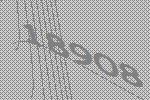
18908